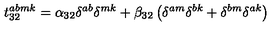
t _ { 3 2 } ^ { a b m k } = \alpha _ { 3 2 } \delta ^ { a b } \delta ^ { m k } + \beta _ { 3 2 } \left( \delta ^ { a m } \delta ^ { b k } + \delta ^ { b m } \delta ^ { a k } \right)